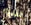
مثيره